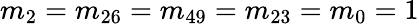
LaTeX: m_{2}=m_{26}=m_{49}=m_{23}=m_{0}=1